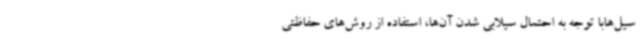
سیل‌هابا توجه به احتمال سیلابی شدن آن‌ها، استفاده از روش‌های حفاظتی